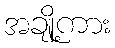
အချို့ကား